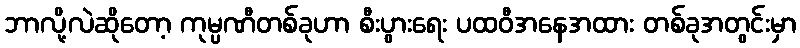
ဘာလို့လဲဆိုတော့ ကုမ္ပဏီတစ်ခုဟာ စီးပွားရေး ပထဝီအနေအထား တစ်ခုအတွင်းမှာ